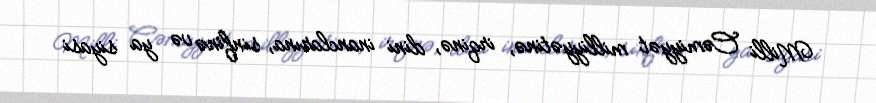
Milli Cəmiyyət milliyyətinə, irqinə, dini inanclarına, sinfinə və ya siyasi